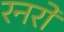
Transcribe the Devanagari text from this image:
रनरो